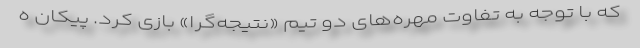
که با توجه به تفاوت مهره‌های دو تیم «نتیجه‌گرا» بازی کرد. پیکان ه